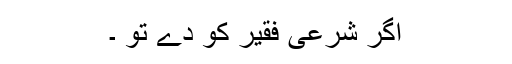
اگر شرعی فقیر کو دے تو ۔